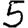
Digit: 5